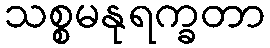
သစ္စမနုရက္ခတာ